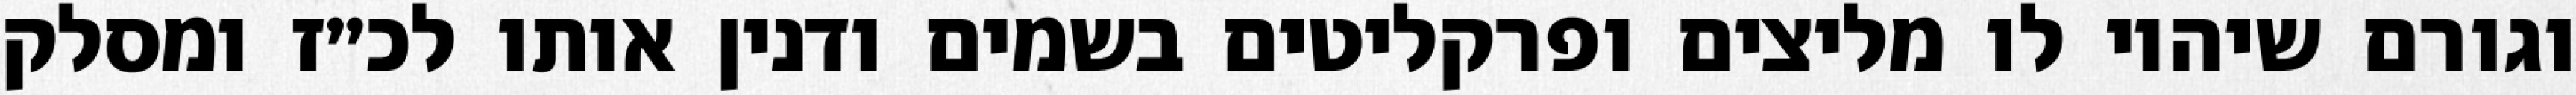
וגורם שיהיו לו מליצים ופרקליטים בשמים ודנין אותו לכ״ז ומסלק